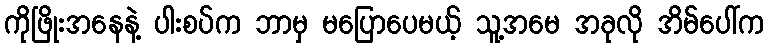
ကိုဖြိုးအနေနဲ့ ပါးစပ်က ဘာမှ မပြောပေမယ့် သူ့အမေ အခုလို အိမ်ပေါ်က